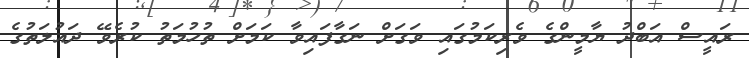
ރައީސް އަބްދު ޔާމީންގެ ވެރިކަމުގައި ވަގަށް ނަގާފައިވާ ކަމަށް ތުހުމަތު ކުރެވޭ ދައުލަތުގެ